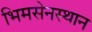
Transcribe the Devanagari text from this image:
भिमसेनस्थान